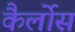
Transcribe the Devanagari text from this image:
कैर्लोस